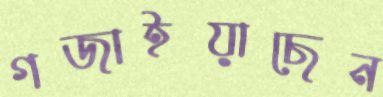
গজাইয়াছেন